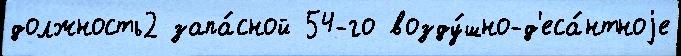
должность2 запа́сной 54-го возду́шно-д'еса́нтноjе